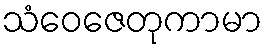
သံဝေဇေတုကာမာ